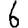
Digit: 6